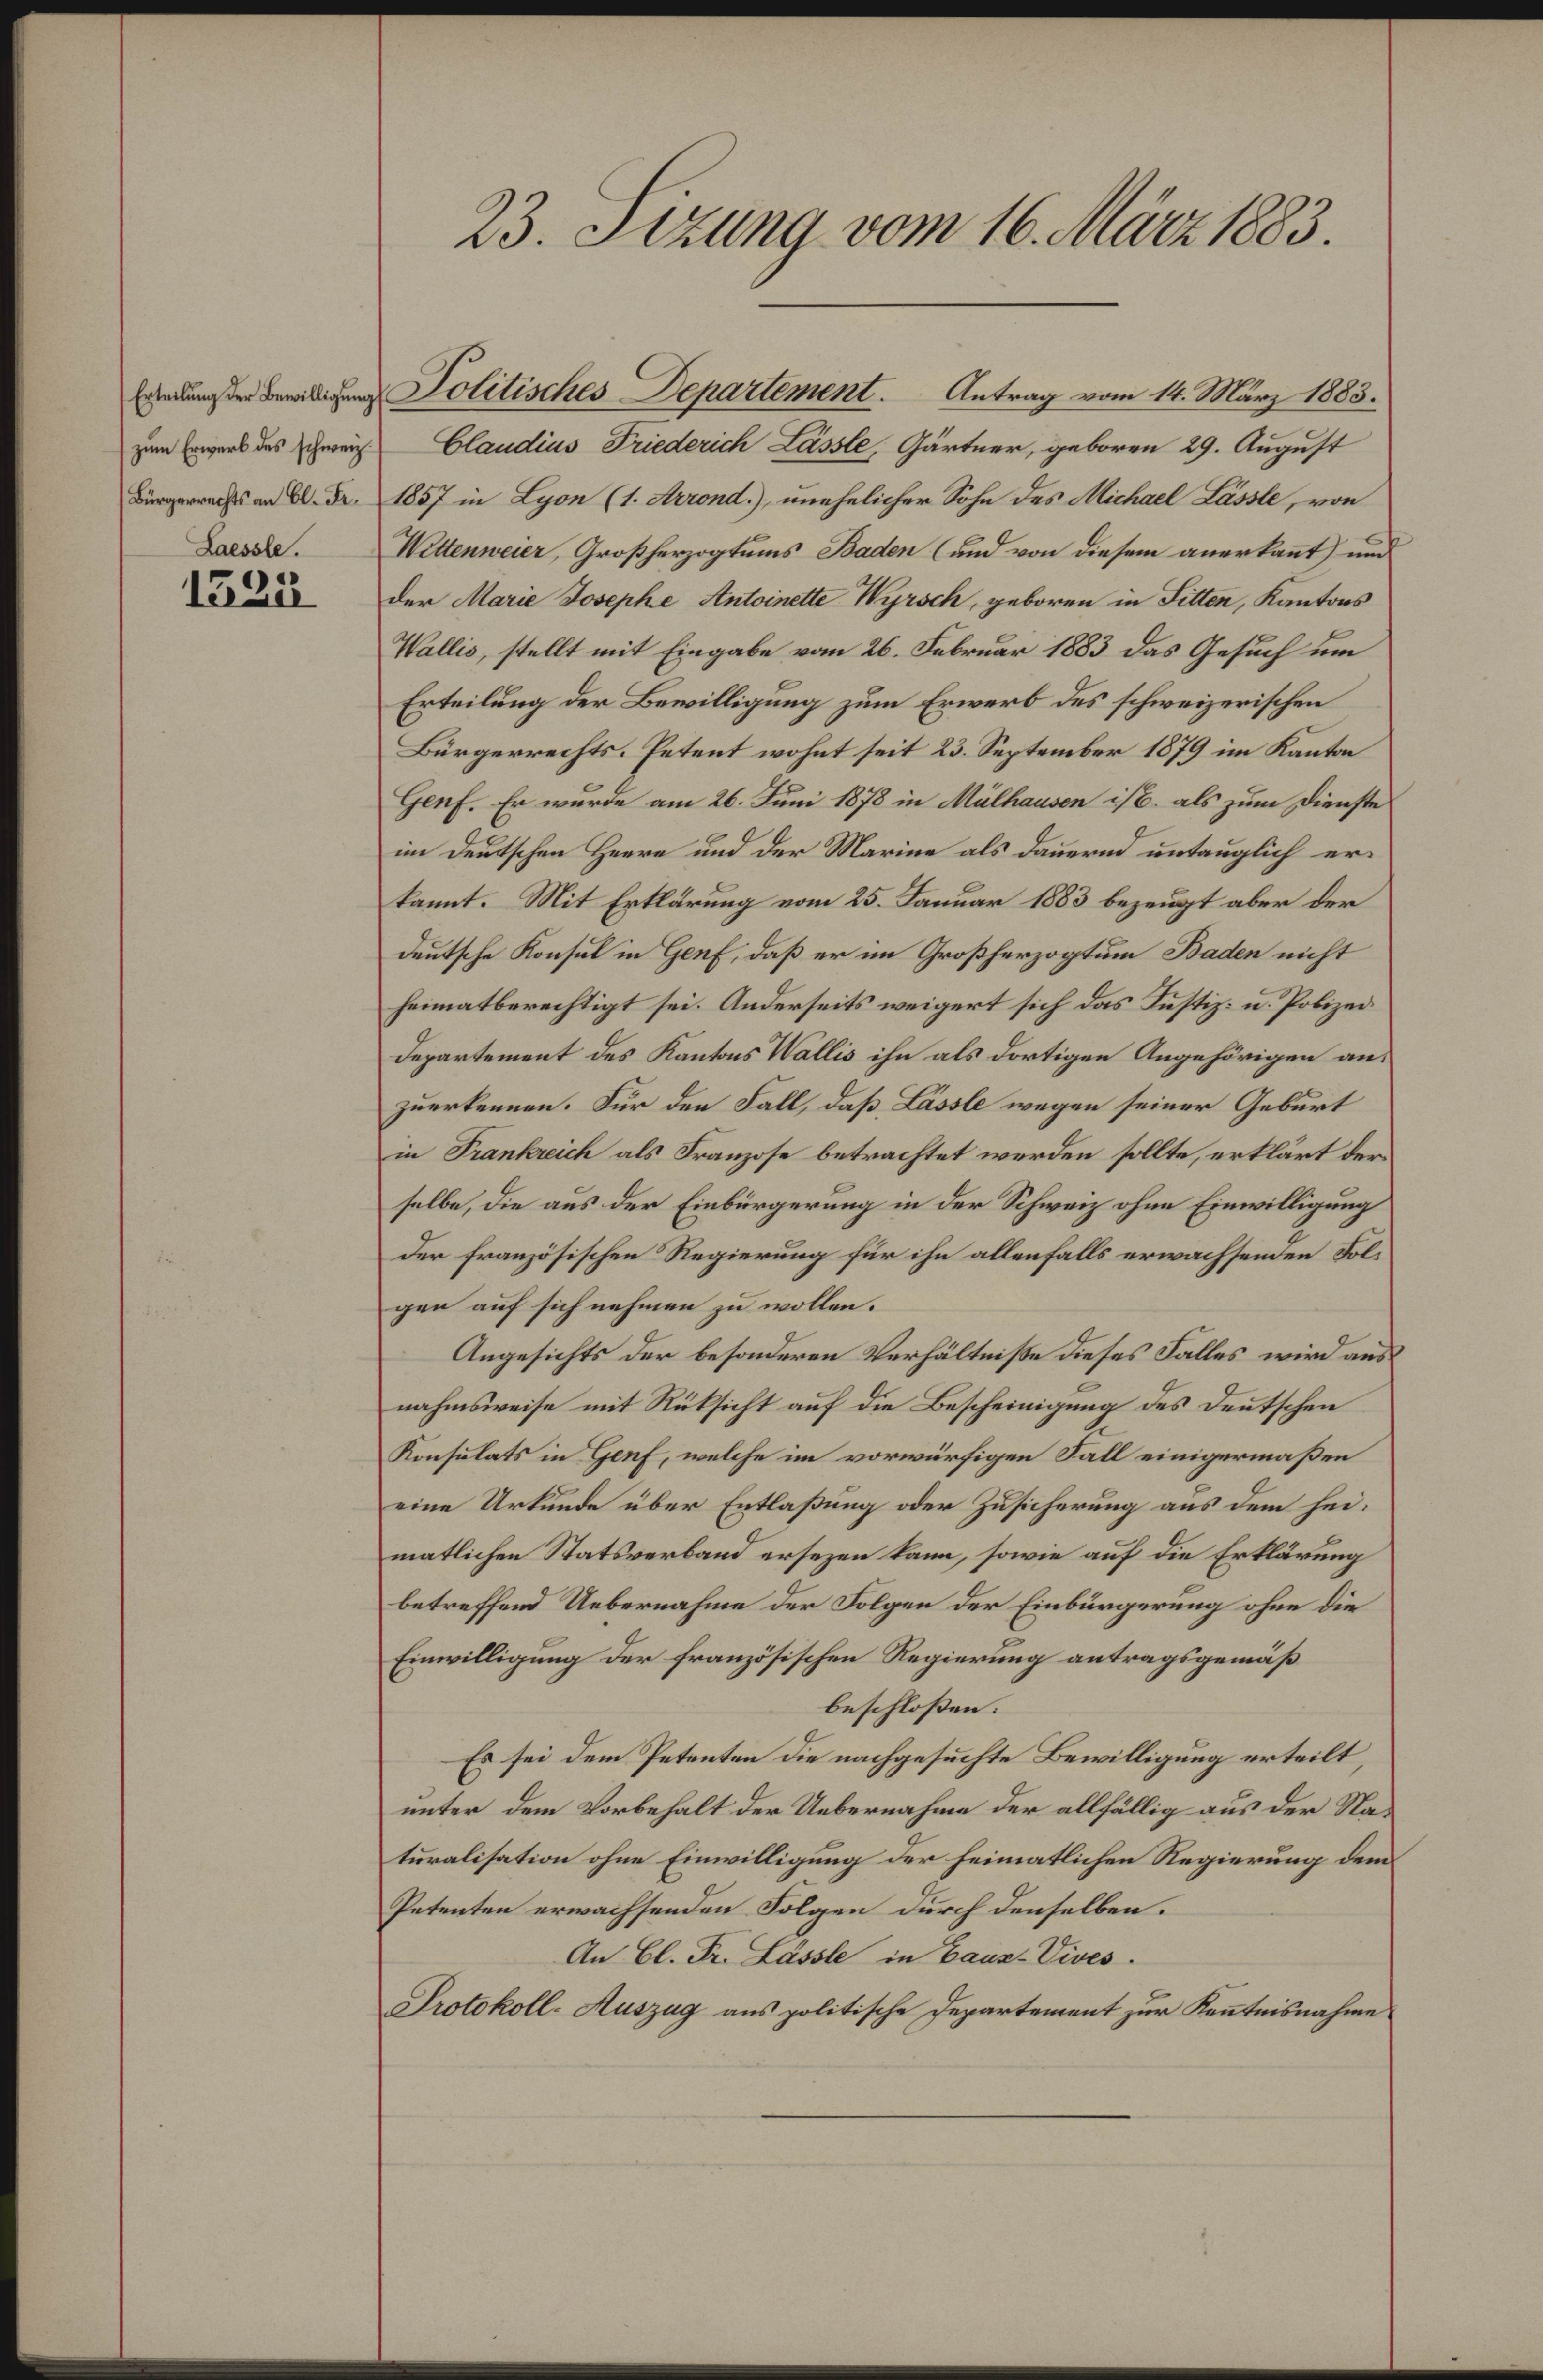
Laessle.
1522

zum Erwerb des Schweiz. Claudius Friederich Lasste, Gärtner, geboren 29. August
Bürgerrechts an A. Fr. 1857 in Lyon (1. Arrond.), unehelicher Sohn des Michael Lässte, von
Wittenweier, Großherzogtums Baden (und von diesem anerkannt und
der Marie Josephe Antoinette Wyrsch, geboren in Fitten, Kantons
Wallis, stellt mit Eingabe vom 26. Februar 1883 das Gesuch um
Erteilung der Bewilligung zum Erwerb des schweizerischen
Bürgerrechts- Petent wohnt seit 23. September 1879 im Kanton
Genf. Er wurde am 26. Juni 1878 in Mülhausen ist, als zum Dienste
im deutschen Herre und der Marine als dauernd untauglich erkannt. Mit Erklärung vom 25. Januar 1883 bezeugt aber der
deutsche Konsul in Genf, daß er im Großherzogtum Baden nicht
heimatberechtigt sei. Anderseits weigert sich das Justiz- u. Polizei
Departement des Kantons Wallis ihn als dortigen Angehörigen an:
zuerkennen. Für den Fall, daß Lasste wegen seiner Geburt
in Frankreich als Franzose betrachtet werden sollte, erklärt der
selbe, die aus der Einbürgerung in der Schweiz ohne Einwilligung
der französischen Regierung für ihn allenfalls erwachsenden Folgen auf sich nehmen zu wollen.
Angesichts der besonderen Verhältniße dieses Falles wird aus
nahmsweise mit Rüksicht auf die Bescheinigung des Deutschen
Konsulats in Genf, welche im vorwürfigen Fall einigermaßen
eine Urkunde über Entlaßung oder Zusicherung aus dem heimatlichen Statsverband ersezen kann, sowie auf die Erklärung
betreffend Uebernahme der Folgen der Einbürgerung ohne die
Einwilligung der französischen Regierung antragsgemäß
beschlossen:
Es sei dem Petenten die nachgesuchte Bewilligung erteilt,
unter dem Vorbehalt der Uebernahme der allfällig aus der Naturalisation ohne Einwilligung der heimatlichen Regierung dem
Petenten erwachsenden Folgen durch denselben.
An Cl. Fr. Lässle in Baus-Vives.
Protokoll-Auszug aus politische Departement zur Kenntnisnahme

23. Sizung vom 16. März 1883.

Wendungen Bewilligung Politisches Departement. Antrag vom 14. März 1883.